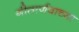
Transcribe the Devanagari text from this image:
गीतार्णवाच्या